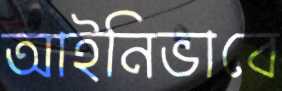
আইনিভাবে